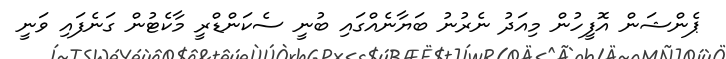
ޕެންޝަން އޮފީހުން މިއަދު ނެރުނު ބަޔާނެއްގައި ބުނީ ސެކަންޑްރީ މާކެޓުން ގަނެފައި ވަނީ